Report on vaccination proceedings throughout the Government of Bengal -
Year: 1868
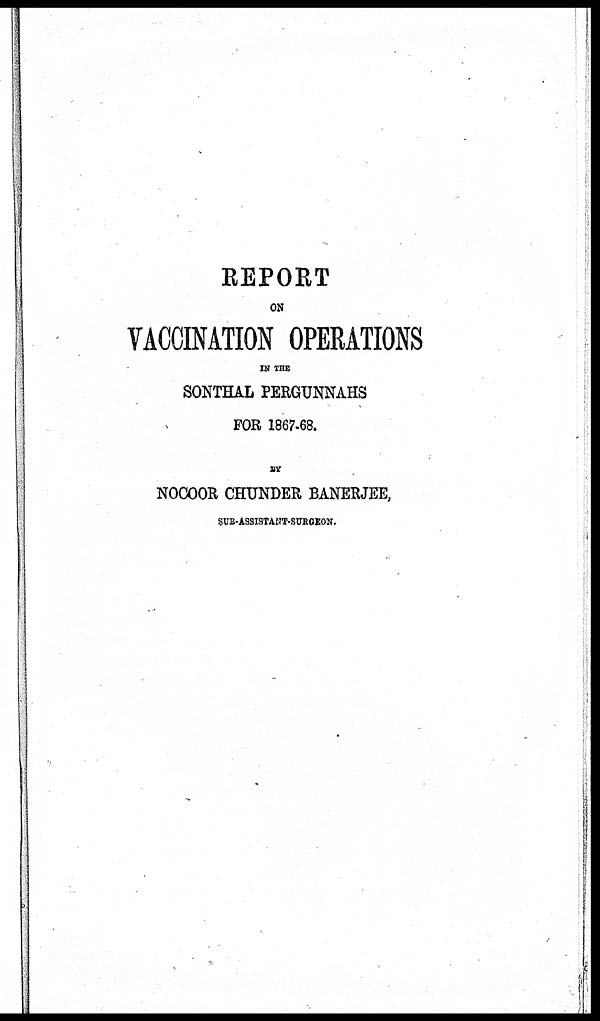
REPORT
ON
VACCINATION OPERATIONS
IN THE
SONTHAL PERGUNNAHS
FOR 1867-68.
BY
NOCOOR CHUNDER BANERJEE,
SUB-ASSISTANT-SURGEON.